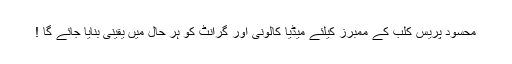
محسود پریس کلب کے ممبرز کیلئے میڈیا کالونی اور گرانٹ کو ہر حال میں یقینی بنایا جائے گا !